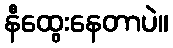
နီထွေးနေတာပဲ။